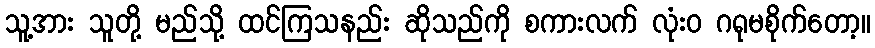
သူ့အား သူတို့ မည်သို့ ထင်ကြသနည်း ဆိုသည်ကို စကားလက် လုံးဝ ဂရုမစိုက်တော့။